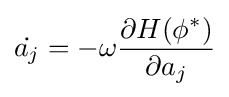
{\dot {a_{j}}}=-\omega {\frac {\partial H(\phi ^{*})}{\partial a_{j}}}